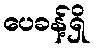
ပေခန့်ရှိ